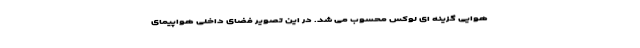
هوایی گزینه ای لوکس محسوب می شد. در این تصویر فضای داخلی هواپیمای